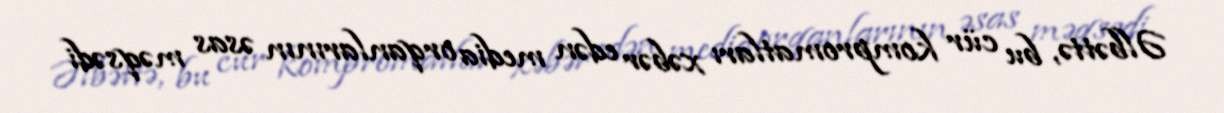
Əlbəttə, bu cür kompromatları xəbər edən media orqanlarının əsas məqsədi